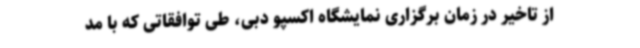
از تاخیر در زمان برگزاری نمایشگاه اکسپو دبی، طی توافقاتی که با مد